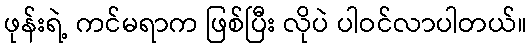
ဖုန်းရဲ့ ကင်မရာက ဖြစ်ပြီး လိုပဲ ပါဝင်လာပါတယ်။